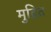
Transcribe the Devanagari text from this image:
मुद्रित